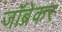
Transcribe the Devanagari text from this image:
जॉब्रेकर